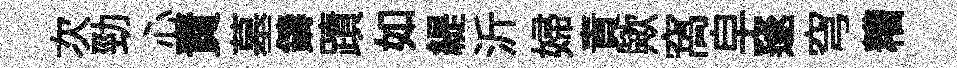
次勁心責墓鑄蹟如緹沂婦責歟窩皁邃穹糟